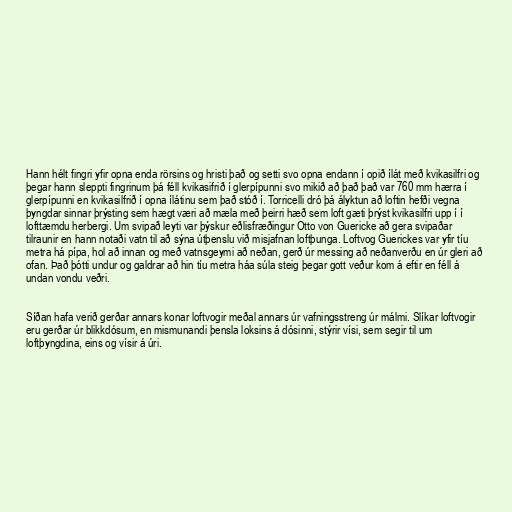
Hann hélt fingri yfir opna enda rörsins og hristi það og setti svo opna endann í opið ílát með kvikasilfri og
þegar hann sleppti fingrinum þá féll kvikasifrið í glerpípunni svo mikið að það það var 760 mm hærra í
glerpípunni en kvikasilfrið í opna ílátinu sem það stóð í. Torricelli dró þá ályktun að loftin hefði vegna
þyngdar sinnar þrýsting sem hægt væri að mæla með þeirri hæð sem loft gæti þrýst kvikasilfri upp í í
lofttæmdu herbergi. Um svipað leyti var þýskur eðlisfræðingur Otto von Guericke að gera svipaðar
tilraunir en hann notaði vatn til að sýna útþenslu við misjafnan loftþunga. Loftvog Guerickes var yfir tíu
metra há pípa, hol að innan og með vatnsgeymi að neðan, gerð úr messing að neðanverðu en úr gleri að
ofan. Það þótti undur og galdrar að hin tíu metra háa súla steig þegar gott veður kom á eftir en féll á
undan vondu veðri.

Síðan hafa verið gerðar annars konar loftvogir meðal annars úr vafningsstreng úr málmi. Slíkar loftvogir
eru gerðar úr blikkdósum, en mismunandi þensla loksins á dósinni, stýrir vísi, sem segir til um
loftþyngdina, eins og vísir á úri.